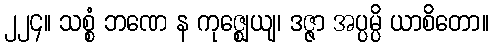
၂၂၄။ သစ္စံ ဘဏေ န ကုဇ္ဈေယျ၊ ဒဇ္ဇာ အပ္ပမ္ပိ ယာစိတော။